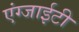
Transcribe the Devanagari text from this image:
एंग्जाईटी